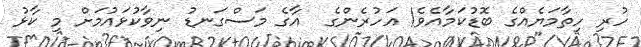
ހުރި ހިތާމަޔެއްގެ ބޮޑުކަމާއެވެ! އަހުރެންގެ  އާގެ މަސްގަނޑު ނިވާކުޅައުމަށް މި ކާޅު